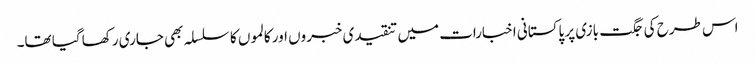
اس طرح کی جگت بازی پر پاکستانی اخبارات میں تنقیدی خبروں اور کالموں کا سلسلہ بھی جاری رکھا گیا تھا۔